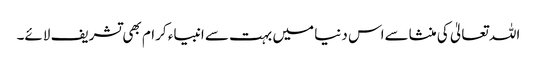
اللہ تعالیٰ کی منشاسےاس دنیا میں بہت سے انبیاء کرام بھی تشریف لائے۔